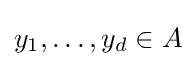
y_{1},\ldots ,y_{d}\in A